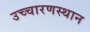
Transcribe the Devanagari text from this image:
उच्चारणस्थान